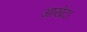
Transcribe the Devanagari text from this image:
आखेट।